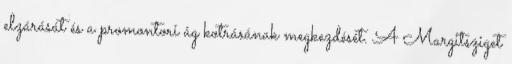
elzárását és a promontori ág kotrásának megkezdését. A Margitsziget